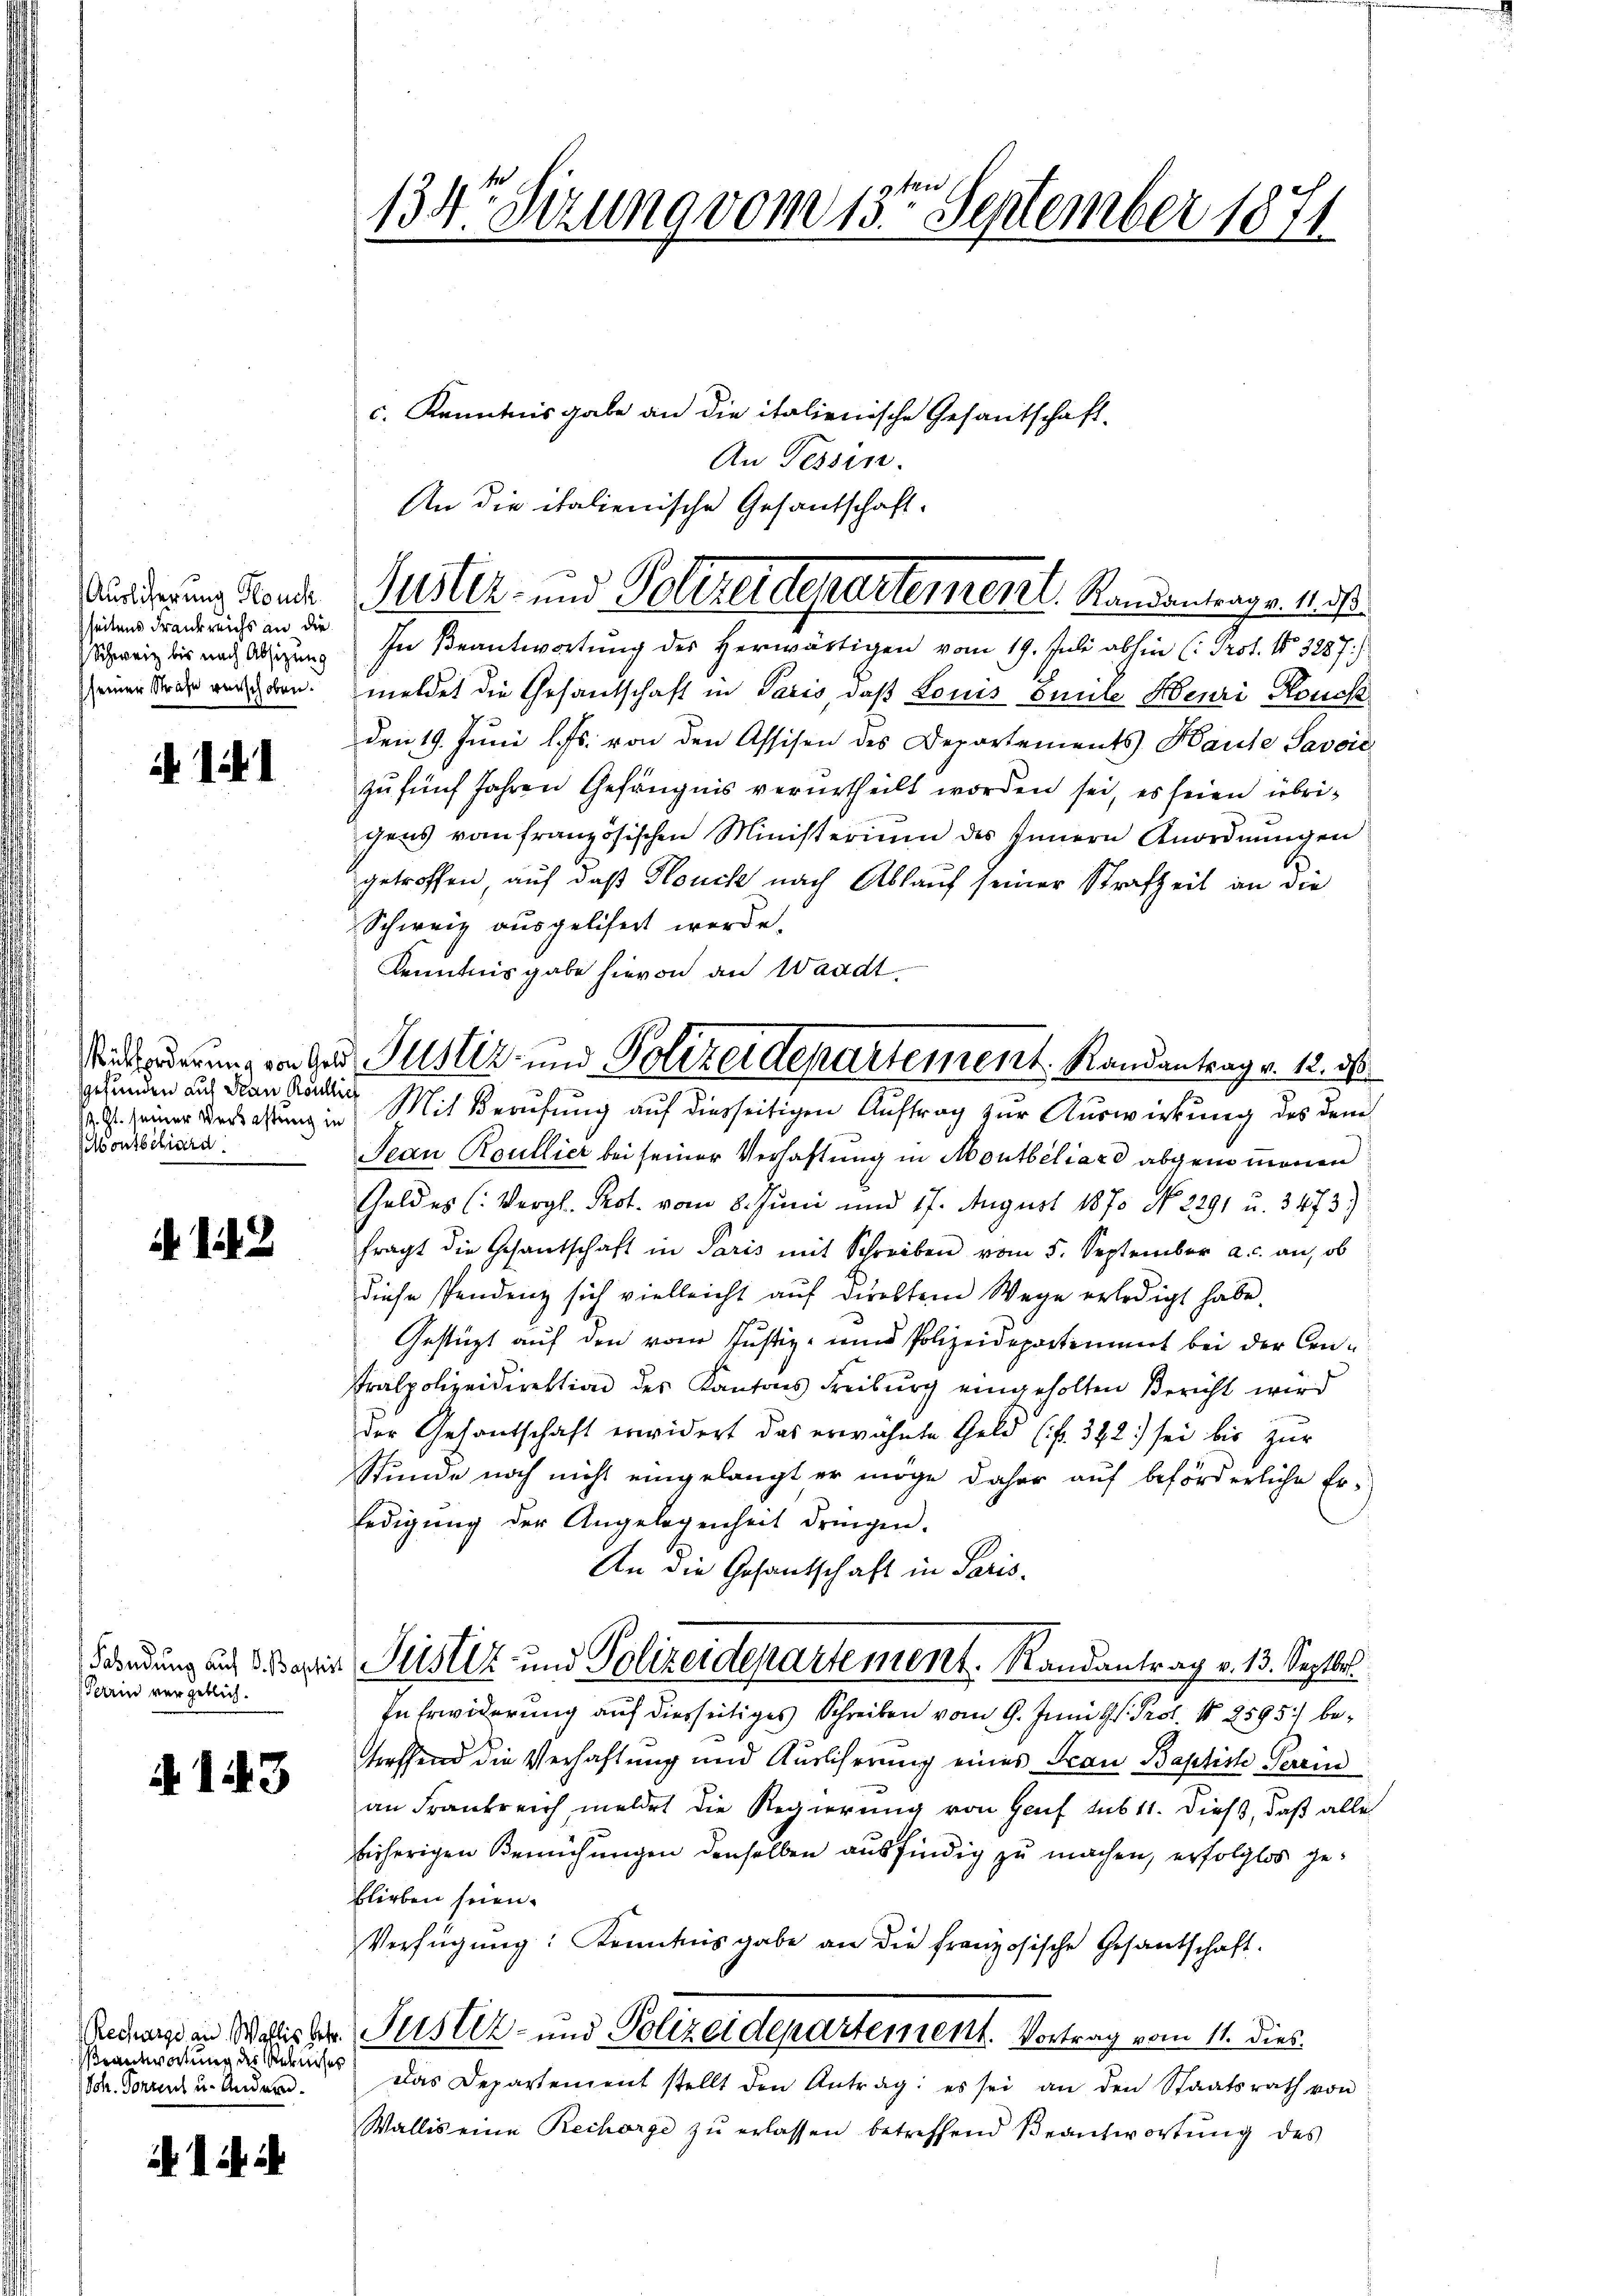
Auslicherung Houch
seitens Frankreichs an die
Schweiz bis nach Absizung
seiner Strafe verschoben.

i 11

gefunden auf Frau Koullich
. Gl. seiner Verlastung in
MMonsbiliard

142

Perin vergeblich.

§ 143

Recharge an Wallis betr.
eantwortung des Rebniser
Sch. Vorrent u. Anderen.

414 i

134 Sizung vom 13ten September 1871

c. Kenntnisgabe an die italienische Gesantschaft
An Tessin.
An die italienische Gesandschaft.
In Beantwortung des Herwärtigen vom 19. Juli abhin (: Prof. No. 3287.)
meldet die Gesandschaft in Paris, daß Louis Emile Heuri Houss
den 19. Juni l. Js. von den Assisen des Departements Hause Savoić
zu fünf Jahren Gefängnis verurtheilt worden sei, es seien übrigens vom französischen Ministerium des Innern Anordnungen
getroffen, auf daß Houch nach Ablauf seiner Strafzeit an die
Schweiz ausgelifert werde.
Kenntnisgabe hievon an Waadt
Mit Berufung auf diesseitigen Auftrag zur Auswirkung des dem
Jean Roullier bei seiner Verhaftung in Moutbiliard abgenommenen
Geldes (Vergl. Prot. vom 8. Juni und 17. August 1870 No. 2291 u. 3473)
fragt die Gesantschaft in Paris mit Schreiben vom 5. September a.c. an, ob
diese Pendenz sich vielleicht auf direktem Wege erledigt habe.
Gestüzt auf den vom Justiz- und Polizeidepartiment bei der Cen¬
Tralpolizeidirektion des Kantons Freiburg eingeholten Bericht wird
der Gesantschaft erwidert das erwähnte Geld (fl. 382 sei bis zur
Stunde noch nicht eingelangt er möge daher auf beförderliche Er-
ledigŭng der Angelegenheit dringen.
An die Gesantschaft in Paris.
Fündung auf der Peister- und Polizeidepartement. Randantrag v. 13. Septbr.
In Erwiderung auf diesseitiges Schreiben vom 9. Juni l. J. Prot. No 2595) betreffend die Verhaftung und Auslicherung eines Frau Baptiste Perrin
an Frankreich meldet die Regierung von Genf sub 11. dieß, daß alle
bisherigen Bemühungen denselben ausfindig zu machen, erfolglos geblieben seien.
Verfügŭng: Kenntnisgabe an die französische Gesantschaft.
Justiz- und Polizeidepartement. Vortrag vom 11. Dies
Das Departement stellt den Antrag: es sei an den Staatsrath von
Wallis eine Recharge zŭ erlassen betreffend Beantwortŭng des

Justiz- und Polizeidepartement. Randantrage. 1. d

inforderung von der Justiz- und Polizeidepartement. Randantrag v. 12. d